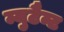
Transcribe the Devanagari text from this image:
म्युटैन्ट